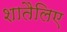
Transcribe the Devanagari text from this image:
शातैलिए